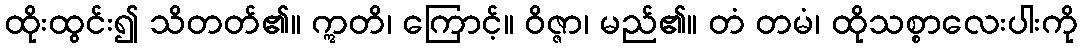
ထိုးထွင်း၍ သိတတ်၏။ ဣတိ၊ ကြောင့်။ ဝိဇ္ဇာ၊ မည်၏။ တံ တမံ၊ ထိုသစ္စာလေးပါးကို